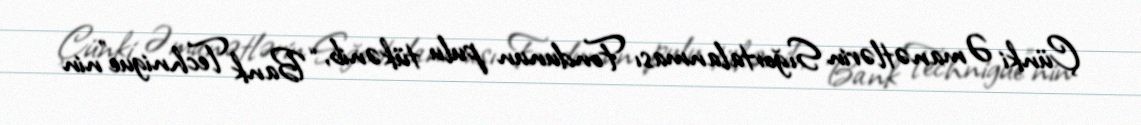
Çünki Əmanətlərin Sığortalanması Fondunun pulu tükənib, “Bank Technigue”nin